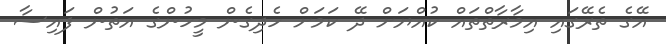
އޭގެ ތެރޭގައި އިމާރާތްތައް ކުއްޔަށް ދޭ ކަމަށް ހެދިގެން މީހުންގެ އަތުން ފައިސާ